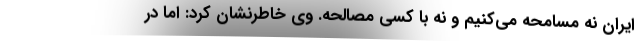
ایران نه مسامحه می‌کنیم و نه با کسی مصالحه. وی خاطرنشان کرد: اما در